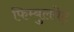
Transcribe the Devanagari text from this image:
फिम्बुलवेट्र